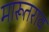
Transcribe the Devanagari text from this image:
मारूतराव